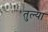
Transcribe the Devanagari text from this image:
तुल्या